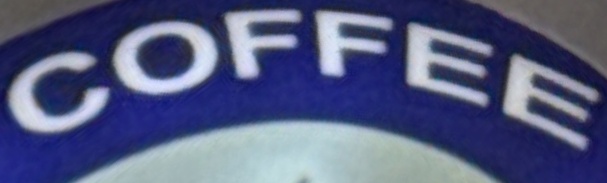
COFFEE